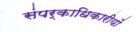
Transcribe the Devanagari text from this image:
संपर्काधिकारीयों